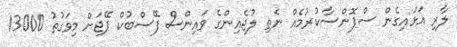
ލާރި އަޅައިގެން ސްޕޮންސާކުރުމެއް ނެތި ލުޖެއިންގެ ވައިންސް ފޭސްބުކް ޕޭޖަށް މިވަގުތު 13000